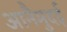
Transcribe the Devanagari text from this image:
आनैमुदई